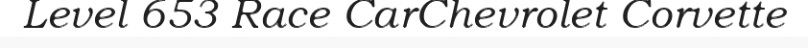
Level 653 Race CarChevrolet Corvette